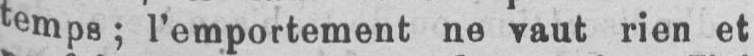
temps; l’emportement ne vaut rien et